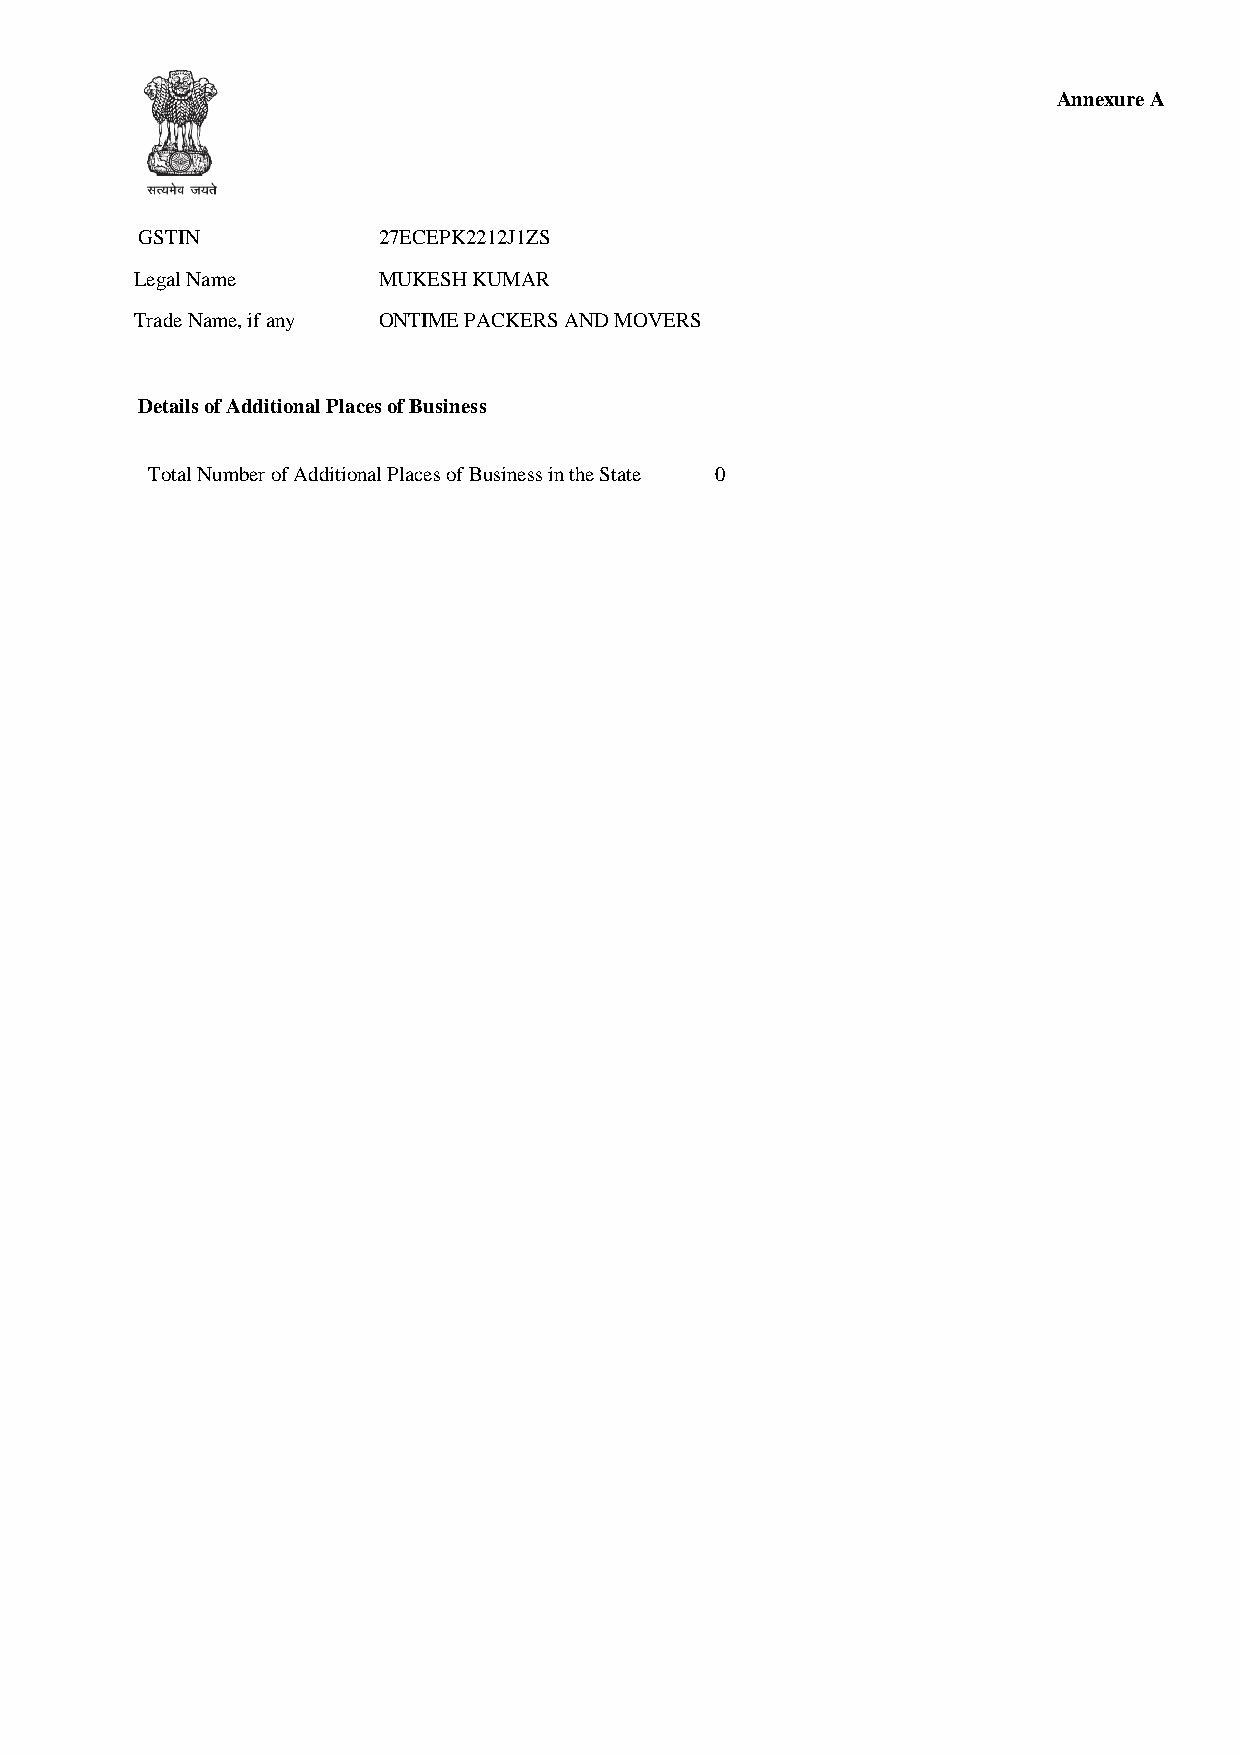
Annexure A
 GSTIN           27ECEPK2212J1ZS
 Legal Name      MUKESH KUMAR
 Trade Name, if any ONTIME PACKERS AND MOVERS
 Details of Additional Places of Business
 Total Number of Additional Places of Business in the State 0